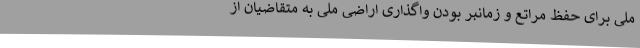
ملی برای حفظ مراتع و زمانبر بودن واگذاری اراضی ملی به متقاضیان از